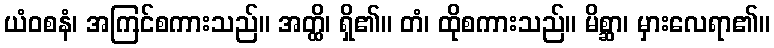
ယံဝစနံ၊ အကြင်စကားသည်။ အတ္ထိ၊ ရှိ၏။ တံ၊ ထိုစကားသည်။ မိစ္ဆာ၊ မှားလေရာ၏။